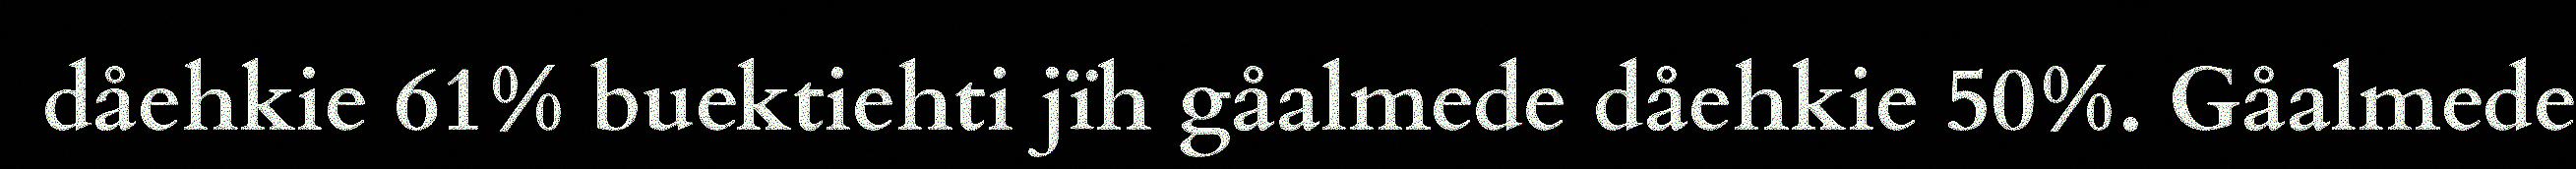
dåehkie 61% buektiehti jïh gåalmede dåehkie 50%. Gåalmede